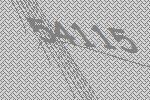
54115